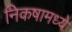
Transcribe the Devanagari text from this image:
निकषामध्ये